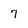
Character: 7